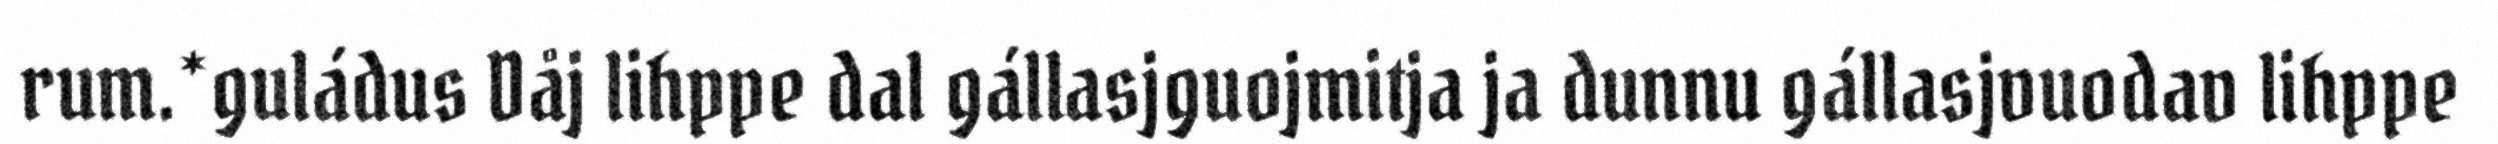
rum.*guládus Dåj lihppe dal gállasjguojmitja ja dunnu gállasjvuodav lihppe